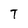
Character: T